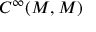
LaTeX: C ^ { \infty } ( M , M )